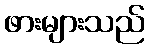
ဖားများသည်